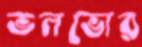
ভলভোর